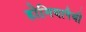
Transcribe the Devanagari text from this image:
होमियापैथी